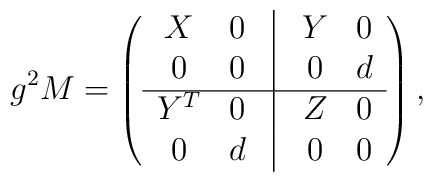
g^2M=\left(    \begin{array}{ccccc}      X  & 0  &\vline& Y  & 0  \\      0  & 0  &\vline& 0  & d  \\      \hline      Y^T & 0  &\vline& Z  & 0  \\      0  & d  &\vline& 0  & 0    \end{array}  \right),